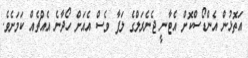
އަތޮޅުން އެންޑޯސްކޮށް އެޓާނީ ޖެނެރަލްގެ ލަފާ ވެސް އެއަށް ހޯދާނެ އެއްޗެއް ކަމަށެވެ.